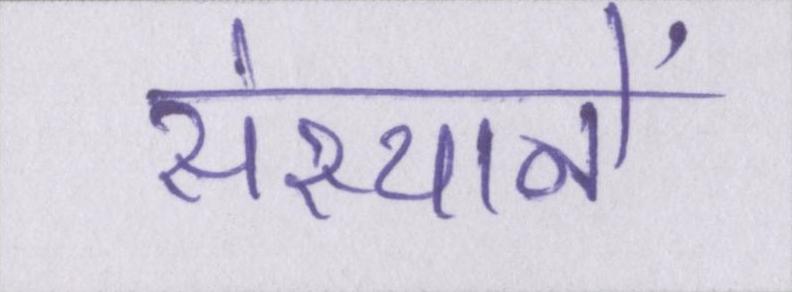
संस्थानें